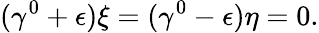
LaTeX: (\gamma^{0}+\epsilon)\xi=(\gamma^{0}-\epsilon)\eta=0.